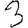
Digit: 3